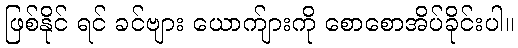
ဖြစ်နိုင် ရင် ခင်ဗျား ယောက်ျားကို စောစောအိပ်ခိုင်းပါ။